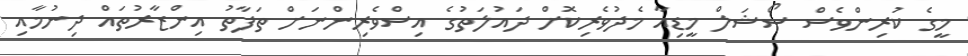
މީގެ ކުރިންވެސް ސޯޝަލް މީޑިއާ މެދުވެރިކޮށް ދައުލަތުގެ އިސްވެރިންނަށް ތަފާތު އިންޒާރުތައް ދިނުމާއި